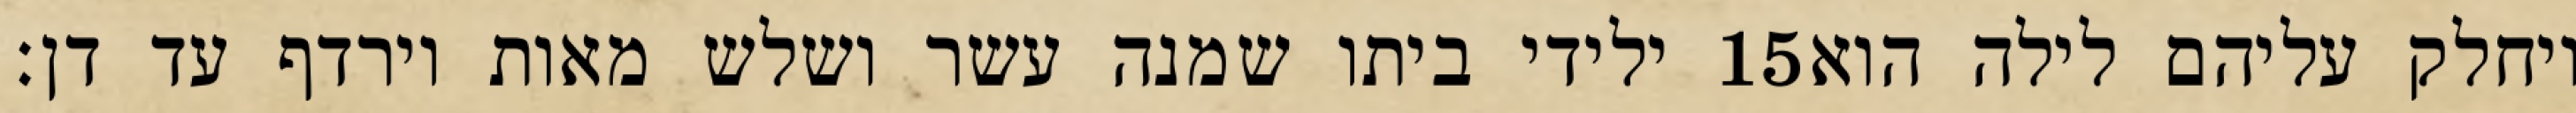
ילידי ביתו שמנה עשר ושלש מאות וירדף עד דן׃ ‎15‏ ויחלק עליהם לילה הוא